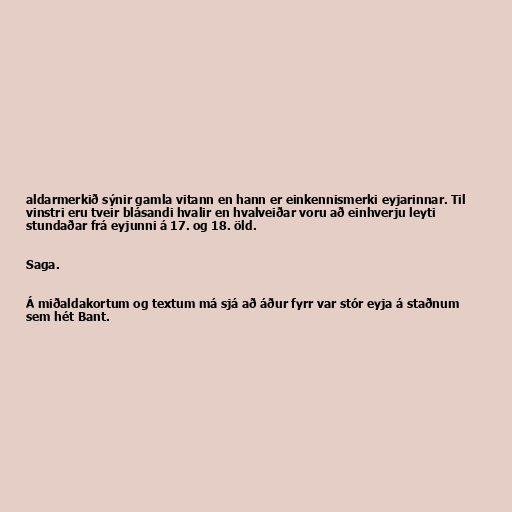
aldarmerkið sýnir gamla vitann en hann er einkennismerki eyjarinnar. Til
vinstri eru tveir blásandi hvalir en hvalveiðar voru að einhverju leyti
stundaðar frá eyjunni á 17. og 18. öld.

Saga.

Á miðaldakortum og textum má sjá að áður fyrr var stór eyja á staðnum
sem hét Bant.